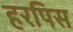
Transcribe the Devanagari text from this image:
हरपिस